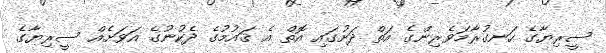
ސީރިޔާގެ ހަނގުރާމަވެރިންގެ އަތް ދަށުގައި އޮތް އެ ޤައުމުގެ ދެކުނުގެ އަވަށެއް ސީރިޔާގެ